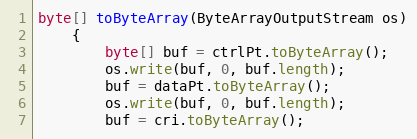
Language: Java
byte[] toByteArray(ByteArrayOutputStream os)
	{
		byte[] buf = ctrlPt.toByteArray();
		os.write(buf, 0, buf.length);
		buf = dataPt.toByteArray();
		os.write(buf, 0, buf.length);
		buf = cri.toByteArray();